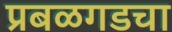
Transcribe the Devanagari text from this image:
प्रबळगडचा